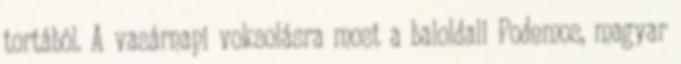
tortából. A vasárnapi voksolásra most a baloldali Podemos, magyar